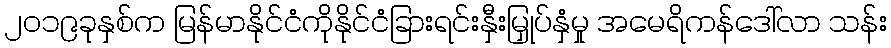
၂၀၁၉ခုနှစ်က မြန်မာနိုင်ငံကိုနိုင်ငံခြားရင်းနှီးမြှုပ်နှံမှု အမေရိကန်ဒေါ်လာ သန်း